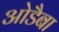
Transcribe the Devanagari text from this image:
ओडैबा